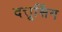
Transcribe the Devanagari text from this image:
दत्तूसिंग